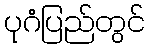
ပုဂံပြည်တွင်